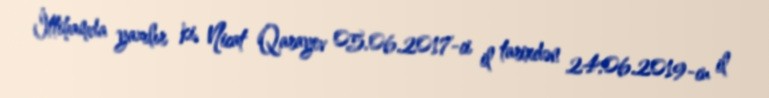
İttihamda yazılır ki, Nicat Qarayev 05.06.2017-ci il tarixdən 24.06.2019-cu il